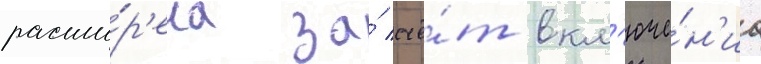
расши́р'ена за́ счё́т вкл'юче́н'иа